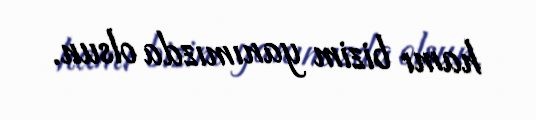
hamı bizim yanımızda olsun.